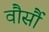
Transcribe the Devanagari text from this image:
वौर्सौ